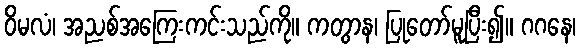
ဝိမလံ၊ အညစ်အကြေးကင်းသည်ကို။ ကတွာန၊ ပြုတော်မူပြီး၍။ ဂဂနေ၊